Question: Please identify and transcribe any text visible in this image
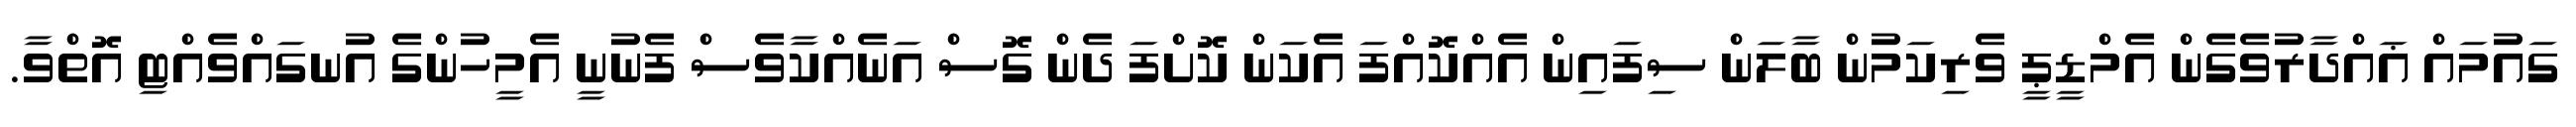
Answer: ގައުމައް ޣައްދާރުވެގެން އެމްޑީޕީ ވެރިކަމުން ބާލަން ސިފައިން އެއްކޮއްފަ އެކަން ކޮށްފަ ދެން ގޮސް އަނެއްކާވެސް ފެނުނީ އެމީހުންގެ އުނގައްވެއްޓި އޮތްވާ.